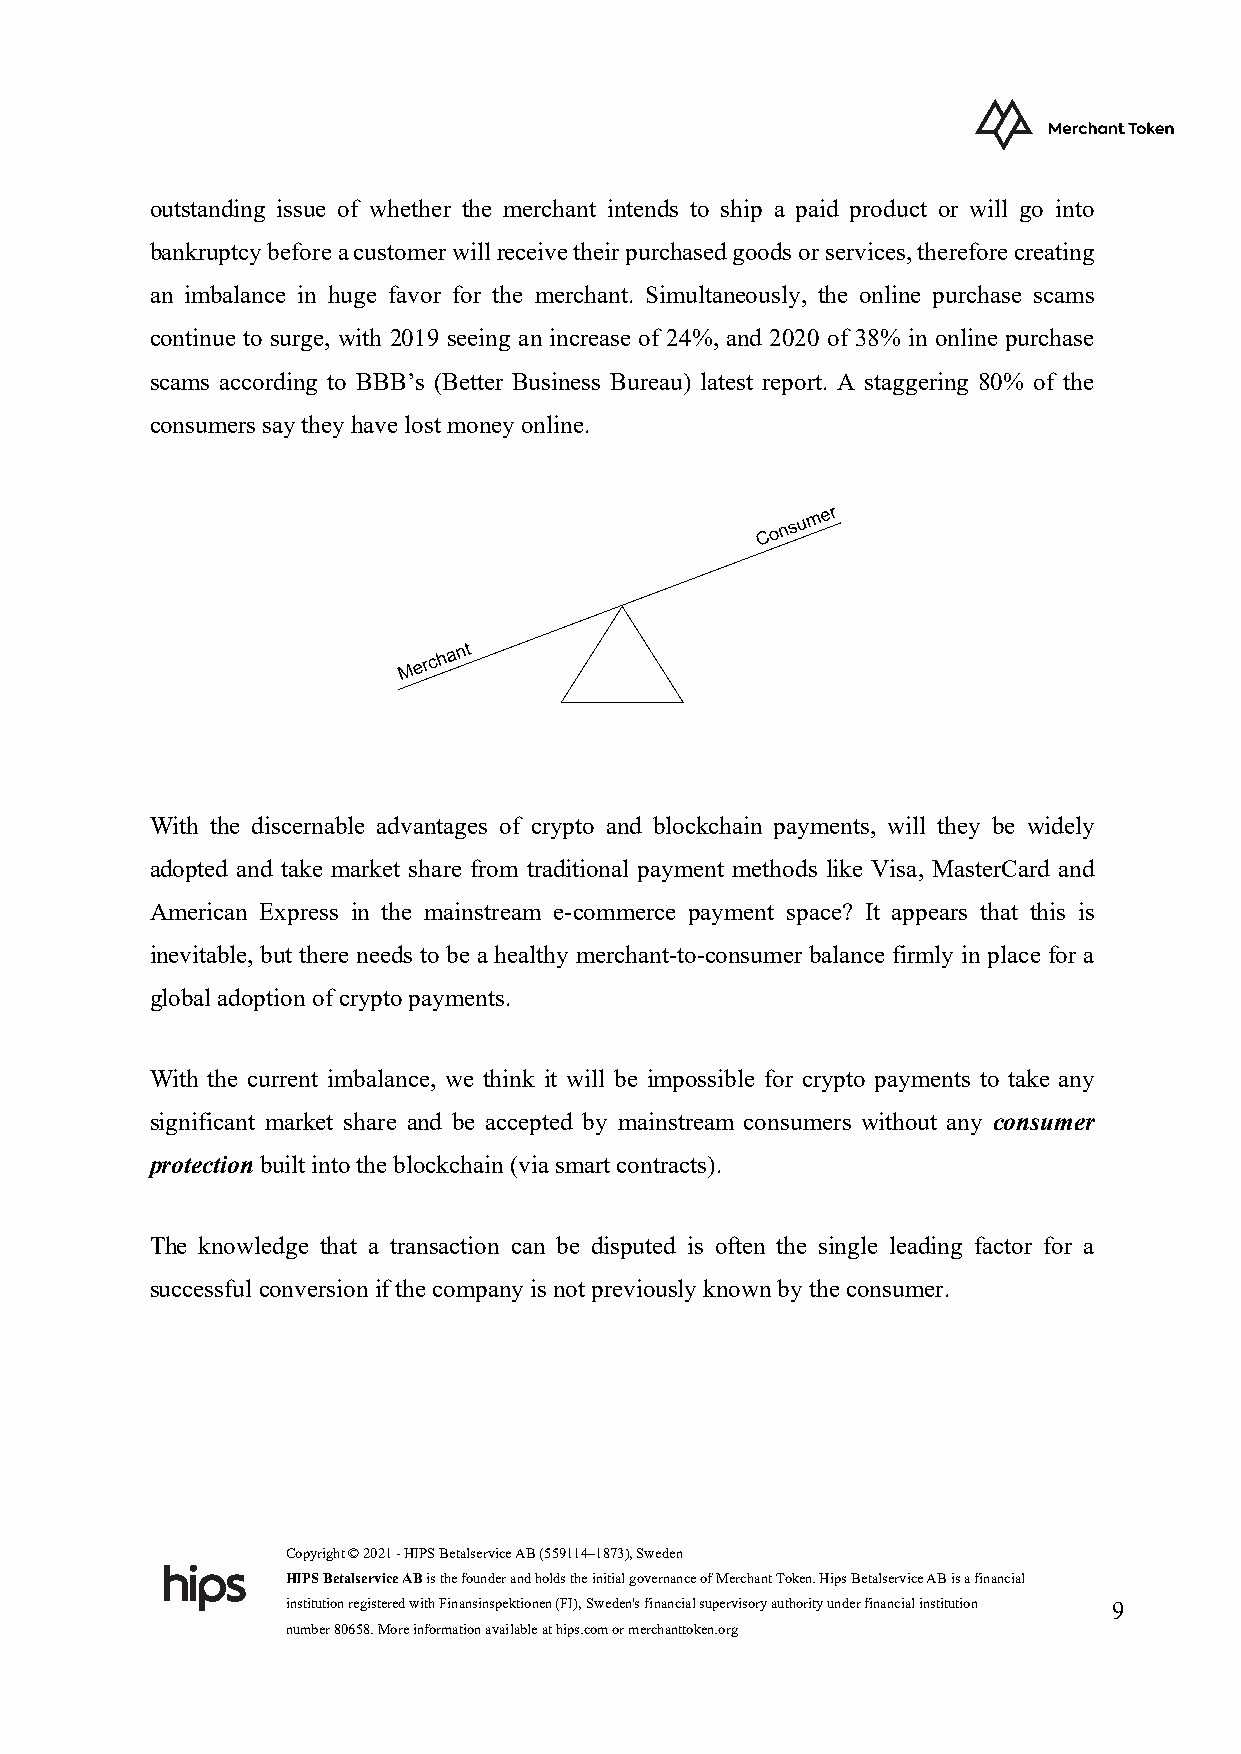
outstanding issue of whether the merchant intends to ship a paid product or will go into
 bankruptcy before a customer will receive their purchased goods or services, therefore creating
 an imbalance in huge favor for the merchant. Simultaneously, the online purchase scams
 continue to surge, with 2019 seeing an increase of 24%, and 2020 of 38% in online purchase
 scams according to BBB’s (Better Business Bureau) latest report. A staggering 80% of the
 consumers say they have lost money online.
 With the discernable advantages of crypto and blockchain payments, will they be widely
 adopted and take market share from traditional payment methods like Visa, MasterCard and
 American Express in the mainstream e-commerce payment space? It appears that this is
 inevitable, but there needs to be a healthy merchant-to-consumer balance firmly in place for a
 global adoption of crypto payments.
 With the current imbalance, we think it will be impossible for crypto payments to take any
 significant market share and be accepted by mainstream consumers without any consumer
 protection built into the blockchain (via smart contracts).
 The knowledge that a transaction can be disputed is often the single leading factor for a
 successful conversion if the company is not previously known by the consumer.
 Copyright © 2021 - HIPS Betalservice AB (559114–1873), Sweden
 HIPS Betalservice AB is the founder and holds the initial governance of Merchant Token. Hips Betalservice AB is a financial
 institution registered with Finansinspektionen (FI), Sweden's financial supervisory authority under financial institution 9
 number 80658. More information available at hips.com or merchanttoken.org